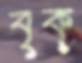
বৃক্